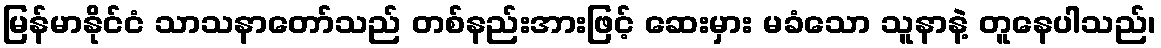
မြန်မာနိုင်ငံ သာသနာတော်သည် တစ်နည်းအားဖြင့် ဆေးမှား မခံသော သူနာနဲ့ တူနေပါသည်၊